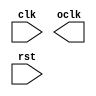
`timescale 1ns / 1ps
//////////////////////////////////////////////////////////////////////////////////
// Company: 
// Engineer: 
// 
// Design Name: 
// Module Name:    Divider_9 
// Project Name: 
// Target Devices: 
// Tool versions: 
// Description: 
//
// Dependencies: 
//
// Revision: 
// Revision 0.01 - File Created
// Additional Comments: 
//
//////////////////////////////////////////////////////////////////////////////////
module Divider_9(
    input clk,
    output oclk,
    input rst
    );


endmodule